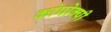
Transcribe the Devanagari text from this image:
कांपोक्पी